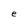
Character: e